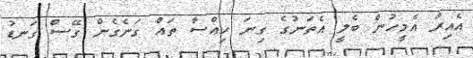
އެއިރު އެމީހުން ބެލީ އެތަނުގެ ގިނަ ހިއްސާ ތައް ގަނެގެން ގޭސް ގަނޑު